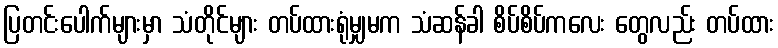
ပြတင်းပေါက်များမှာ သံတိုင်များ တပ်ထားရုံမျှမက သံဆန်ခါ စိပ်စိပ်ကလေး တွေလည်း တပ်ထား